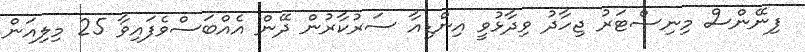
ފިނޭންސް މިނިސްޓަރު ޖިހާދު ވިދާޅުވީ އިންޑިއާ ސަރުކާރުން ދޭން އެއްބަސްވެފައިވާ 25 މިލިއަން